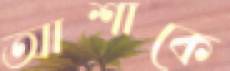
আশাকে